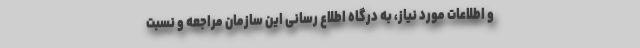
و اطلاعات مورد نیاز، به درگاه اطلاع رسانی این سازمان مراجعه و نسبت